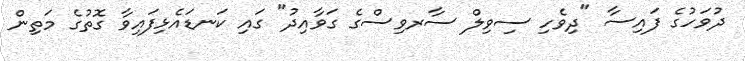
ދުވަހުގެ ފައިސާ "ދިވެހި ސިވިލް ސާރވިސްގެ ގަވާއިދު" ގައި ކަނޑައެޅިފައިވާ ގޮތުގެ މަތިން